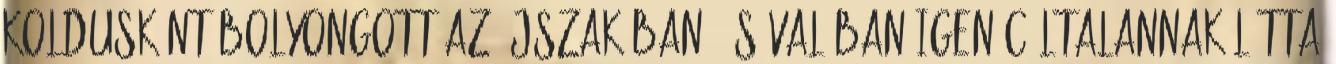
koldusként bolyongott az éjszakában, és valóban igen céltalannak látta